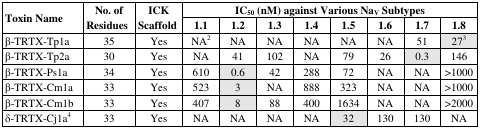
<table><thead><tr><td rowspan="2"><b>Toxin Name</b></td><td rowspan="2"><b>No. of Residues</b></td><td rowspan="2"><b>ICK Scaffold</b></td><td colspan="8"><b>IC<sub>50</sub> (nM) against Various Na<sub>V</sub> Subtypes</b></td></tr><tr><td><b>1.1</b></td><td><b>1.2</b></td><td><b>1.3</b></td><td><b>1.4</b></td><td><b>1.5</b></td><td><b>1.6</b></td><td><b>1.7</b></td><td><b>1.8</b></td></tr></thead><tbody><tr><td>β-TRTX-Tp1a</td><td>35</td><td>Yes</td><td>NA<sup>2</sup></td><td>NA</td><td>NA</td><td>NA</td><td>NA</td><td>NA</td><td>51</td><td><underline>27<sup>3</sup></underline></td></tr><tr><td>β-TRTX-Tp2a</td><td>30</td><td>Yes</td><td>NA</td><td>41</td><td>102</td><td>NA</td><td>79</td><td>26</td><td><underline>0.3</underline></td><td>146</td></tr><tr><td>β-TRTX-Ps1a</td><td>34</td><td>Yes</td><td>610</td><td><underline>0.6</underline></td><td>42</td><td>288</td><td>72</td><td>NA</td><td>NA</td><td>&gt;1000</td></tr><tr><td>β-TRTX-Cm1a</td><td>33</td><td>Yes</td><td>523</td><td><underline>3</underline></td><td>NA</td><td>888</td><td>323</td><td>NA</td><td>NA</td><td>&gt;1000</td></tr><tr><td>β-TRTX-Cm1b</td><td>33</td><td>Yes</td><td>407</td><td><underline>8</underline></td><td>88</td><td>400</td><td>1634</td><td>NA</td><td>NA</td><td>&gt;2000</td></tr><tr><td>δ-TRTX-Cj1a<sup>4</sup></td><td>33</td><td>Yes</td><td>NA</td><td>NA</td><td>NA</td><td>NA</td><td><underline>32</underline></td><td>130</td><td>130</td><td>NA</td></tr></tbody></table>